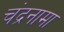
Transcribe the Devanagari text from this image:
चंद्रनामा